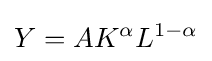
Y=AK^{\alpha }L^{1-\alpha }